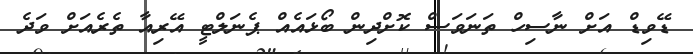
ޑޭވިޑް އަށް ނާސިހް ތަނަވަސް ކޮށްދިން ބޯޅައެއް ޕެނަލްޓީ އޭރިއާ ތެރެއަށް ވަދެ